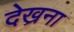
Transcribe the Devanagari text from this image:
देख्रना